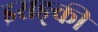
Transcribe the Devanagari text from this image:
इसङ्की